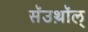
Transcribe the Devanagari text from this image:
सॅउथ़ॉल्